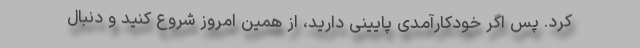
کرد. پس اگر خودکارآمدی پایینی دارید، از همین امروز شروع کنید و دنبال